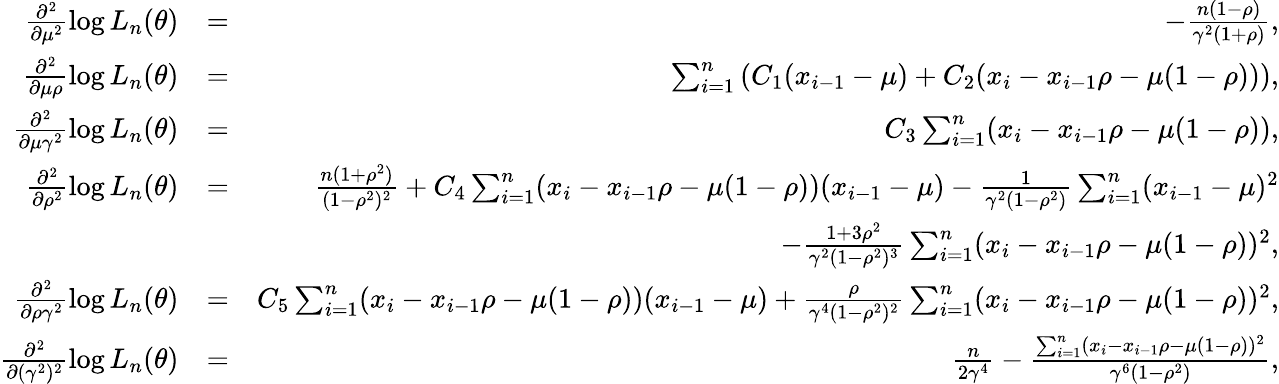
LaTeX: \begin{array}{rlr}{\frac{\partial^{2}}{\partial\mu^{2}}\log L_{n}(\theta)}&{=}&{-\frac{n(1-\rho)}{\gamma^{2}(1+\rho)},}\\ {\frac{\partial^{2}}{\partial\mu\rho}\log L_{n}(\theta)}&{=}&{\sum_{i=1}^{n}\left(C_{1}(x_{i-1}-\mu)+C_{2}(x_{i}-x_{i-1}\rho-\mu(1-\rho))\right),}\\ {\frac{\partial^{2}}{\partial\mu\gamma^{2}}\log L_{n}(\theta)}&{=}&{C_{3}\sum_{i=1}^{n}(x_{i}-x_{i-1}\rho-\mu(1-\rho)),}\\ {\frac{\partial^{2}}{\partial\rho^{2}}\log L_{n}(\theta)}&{=}&{\frac{n(1+\rho^{2})}{(1-\rho^{2})^{2}}+C_{4}\sum_{i=1}^{n}(x_{i}-x_{i-1}\rho-\mu(1-\rho))(x_{i-1}-\mu)-\frac{1}{\gamma^{2}(1-\rho^{2})}\sum_{i=1}^{n}(x_{i-1}-\mu)^{2}}\\ &{}&{-\frac{1+3\rho^{2}}{\gamma^{2}(1-\rho^{2})^{3}}\sum_{i=1}^{n}(x_{i}-x_{i-1}\rho-\mu(1-\rho))^{2},}\\ {\frac{\partial^{2}}{\partial\rho\gamma^{2}}\log L_{n}(\theta)}&{=}&{C_{5}\sum_{i=1}^{n}(x_{i}-x_{i-1}\rho-\mu(1-\rho))(x_{i-1}-\mu)+\frac{\rho}{\gamma^{4}(1-\rho^{2})^{2}}\sum_{i=1}^{n}(x_{i}-x_{i-1}\rho-\mu(1-\rho))^{2},}\\ {\frac{\partial^{2}}{\partial(\gamma^{2})^{2}}\log L_{n}(\theta)}&{=}&{\frac{n}{2\gamma^{4}}-\frac{\sum_{i=1}^{n}(x_{i}-x_{i-1}\rho-\mu(1-\rho))^{2}}{\gamma^{6}(1-\rho^{2})},}\end{array}